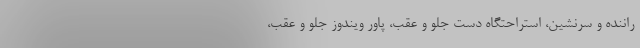
راننده و سرنشین، استراحتگاه دست جلو و عقب، پاور ویندوز جلو و عقب،